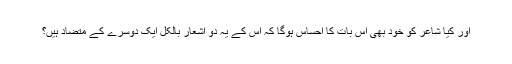
اور کیا شاعر کو خود بھی اس بات کا احساس ہوگا کہ اس کے یہ دو اشعار بالکل ایک دوسرے کے متضاد ہیں؟